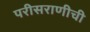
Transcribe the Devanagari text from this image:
परीसराणीची